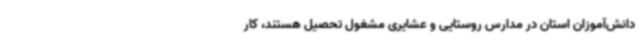
دانش‌آموزان استان در مدارس روستایی و عشایری مشغول تحصیل هستند، کار